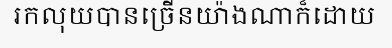
រកលុយបានច្រើនយ៉ាងណាក៏ដោយ